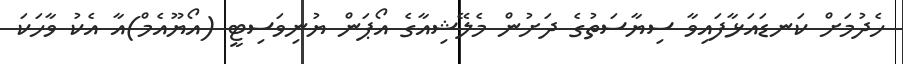
ހެދުމަށް ކަނޑައަޅާފައިވާ ސިޔާސަތުގެ ދަށުން މެލޭޝިއާގެ އޯޕަން ޔުނިވަސިޓީ (އޯޔޫއެމް)އާ އެކު ވާހަކަ